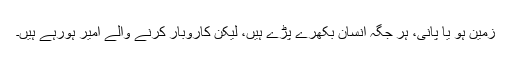
زمین ہو یا پانی، ہر جگہ انسان بکھرے پڑے ہیں، لیکن کاروبار کرنے والے امیر ہورہے ہیں۔